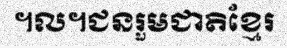
។ល។ជនរួមជាតិខ្មែរ